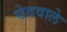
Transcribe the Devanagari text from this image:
छेदवाले